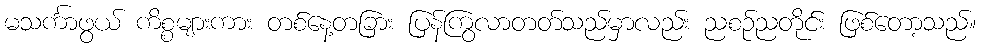
မသင်္ကာဖွယ် ကိစ္စများကား တစ်နေ့တခြား ပြန်ကြွလာတတ်သည်မှာလည်း ညစဉ်ညတိုင်း ဖြစ်တော့သည်။